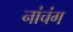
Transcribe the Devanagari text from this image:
नांचंग